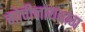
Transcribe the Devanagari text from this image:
गोपीनाथबाग